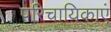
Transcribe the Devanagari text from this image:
परिचायिकाएं